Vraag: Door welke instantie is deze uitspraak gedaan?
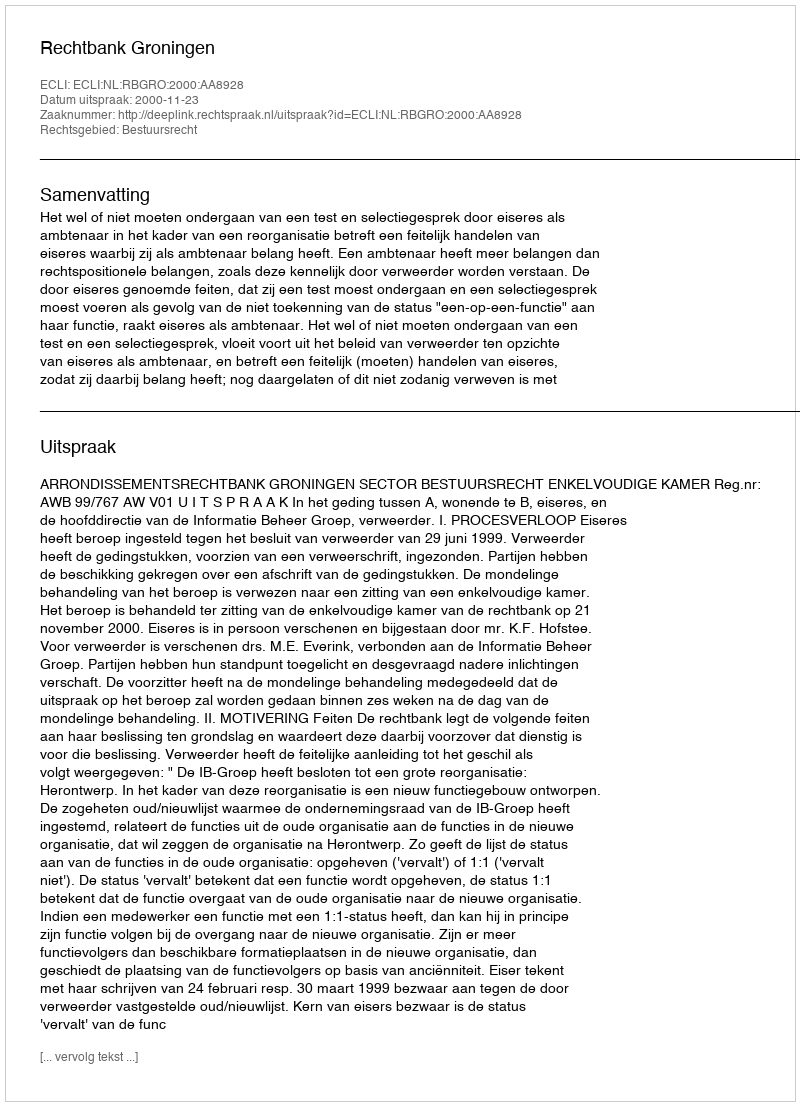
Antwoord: Rechtbank Groningen